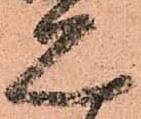
見